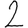
Digit: 2